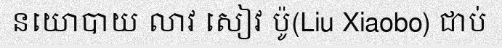
នយោបាយ លាវ សៀវ ប៉ូ(Liu Xiaobo) ជាប់